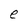
Character: e